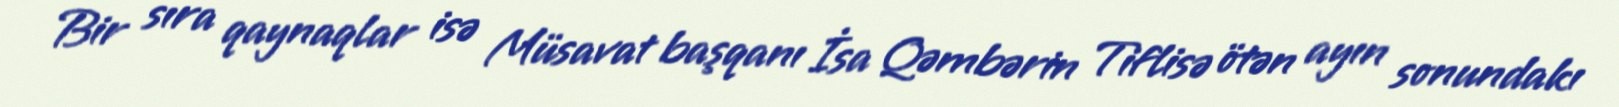
Bir sıra qaynaqlar isə Müsavat başqanı İsa Qəmbərin Tiflisə ötən ayın sonundakı